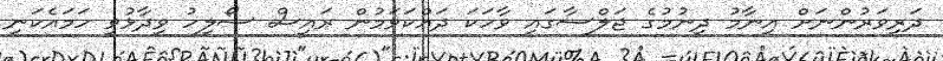
ދަރިވަރުންނަށް އިނާމު ދިނުމުގެ ޖަލްސާގައި ވާހަކަ ދައްކަވަމުން ރައީސް ސޯލިހު ވިދާޅުވީ ހަމައެކަނި